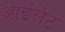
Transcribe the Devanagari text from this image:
आईलेट